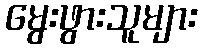
မွေးဖွားသူများ